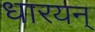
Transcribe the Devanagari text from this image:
धारयन्